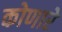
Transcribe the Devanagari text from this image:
कोणारे